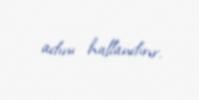
adını hallandırır.